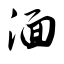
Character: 湎